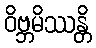
ဝိဗ္ဘမိဿန္တိ